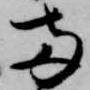
両